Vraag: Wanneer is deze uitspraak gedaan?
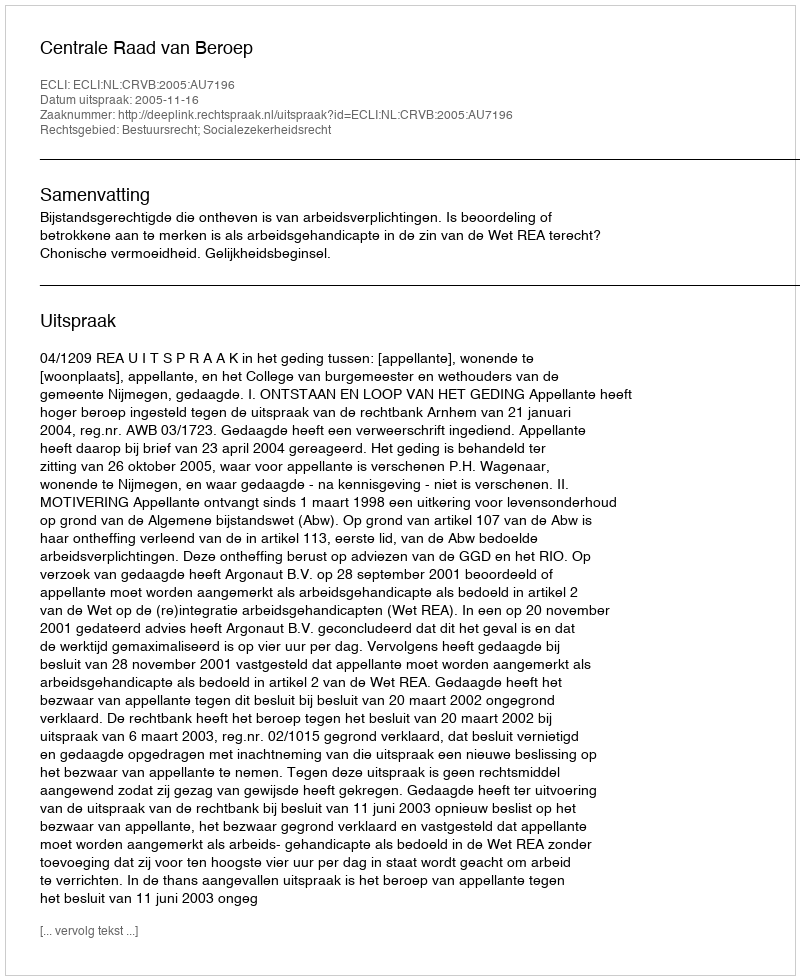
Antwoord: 2005-11-16